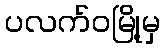
ပလက်ဝမြို့မှ